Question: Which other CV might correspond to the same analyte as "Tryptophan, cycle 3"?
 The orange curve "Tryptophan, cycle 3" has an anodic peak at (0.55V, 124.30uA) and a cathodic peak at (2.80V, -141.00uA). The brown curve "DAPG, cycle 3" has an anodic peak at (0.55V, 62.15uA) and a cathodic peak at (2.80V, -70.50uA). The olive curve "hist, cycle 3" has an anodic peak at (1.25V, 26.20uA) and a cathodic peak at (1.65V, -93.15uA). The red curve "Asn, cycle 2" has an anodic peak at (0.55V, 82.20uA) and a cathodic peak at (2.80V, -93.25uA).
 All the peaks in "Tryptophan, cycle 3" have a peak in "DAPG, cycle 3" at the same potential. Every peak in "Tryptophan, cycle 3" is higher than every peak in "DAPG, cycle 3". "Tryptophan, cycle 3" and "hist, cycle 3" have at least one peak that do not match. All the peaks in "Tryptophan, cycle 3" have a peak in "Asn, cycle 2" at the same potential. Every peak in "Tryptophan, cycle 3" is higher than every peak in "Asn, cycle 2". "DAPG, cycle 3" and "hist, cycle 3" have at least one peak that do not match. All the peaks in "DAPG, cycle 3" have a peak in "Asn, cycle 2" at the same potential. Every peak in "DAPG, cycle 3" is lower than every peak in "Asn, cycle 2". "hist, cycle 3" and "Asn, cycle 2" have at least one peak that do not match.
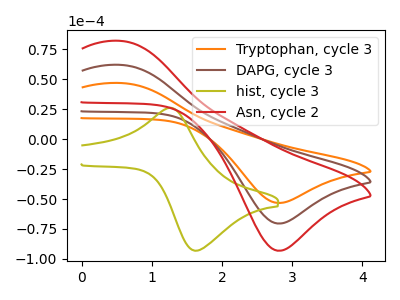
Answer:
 <answer>"Tryptophan, cycle 3" and "DAPG, cycle 3" have a similar shape to "Asn, cycle 2".</answer>
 <eval>"Tryptophan, cycle 3" "DAPG, cycle 3"</eval>